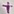
Text: +